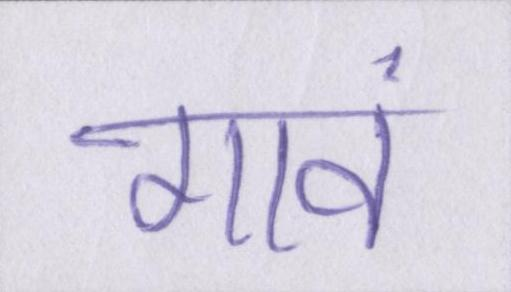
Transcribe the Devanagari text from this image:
गावं